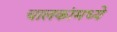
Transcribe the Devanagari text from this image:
चालकांमध्ये